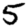
Digit: 5